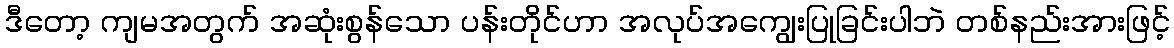
ဒီတော့ ကျမအတွက် အဆုံးစွန်သော ပန်းတိုင်ဟာ အလုပ်အကျွေးပြုခြင်းပါဘဲ တစ်နည်းအားဖြင့်